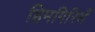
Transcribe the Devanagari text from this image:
हिमगिरिसँ